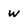
Character: w